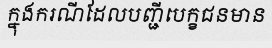
ក្នុងករណីដែលបញ្ជីបេក្ខជនមាន